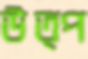
উত্প